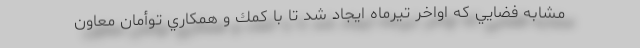
مشابه فضايي كه اواخر تيرماه ايجاد شد تا با كمك و همكاري توأمان معاون